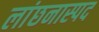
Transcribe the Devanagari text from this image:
लांछनास्‍पद